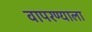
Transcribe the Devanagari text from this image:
वापरण्याला